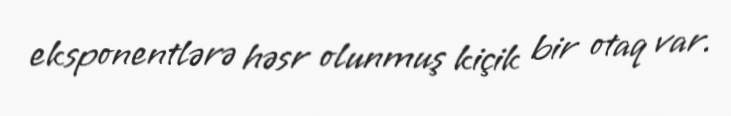
eksponentlərə həsr olunmuş kiçik bir otaq var.